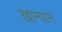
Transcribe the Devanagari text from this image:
खान्पान